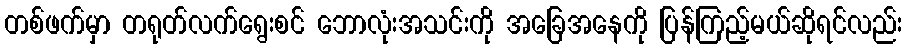
တစ်ဖက်မှာ တရုတ်လက်ရွေးစင် ဘောလုံးအသင်းကို အခြေအနေကို ပြန်ကြည့်မယ်ဆိုရင်လည်း